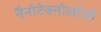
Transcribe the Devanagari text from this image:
नैनोटेक्नोलॉजी